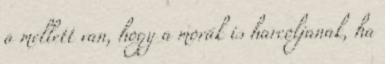
a mellett van, hogy a morák is harcoljanak, ha